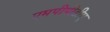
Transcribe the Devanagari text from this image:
एमपीपीडीए